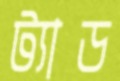
ট্যাড